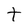
Character: t